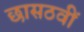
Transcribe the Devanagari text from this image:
छासठवीं